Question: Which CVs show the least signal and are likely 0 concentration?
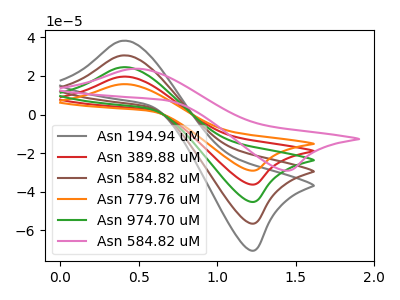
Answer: <think>The gray curve "Asn 194.94 uM" has an anodic peak at (0.40V, 78.70uA) and a cathodic peak at (1.25V, -144.80uA). The red curve "Asn 389.88 uM" has an anodic peak at (0.40V, 19.70uA) and a cathodic peak at (1.25V, -36.20uA). The brown curve "Asn 584.82 uM" has an anodic peak at (0.40V, 59.05uA) and a cathodic peak at (1.25V, -108.60uA). The orange curve "Asn 779.76 uM" has an anodic peak at (0.40V, 15.75uA) and a cathodic peak at (1.25V, -29.00uA). The green curve "Asn 974.70 uM" has an anodic peak at (0.40V, 39.35uA) and a cathodic peak at (1.25V, -72.40uA). The pink curve "Asn 584.82 uM" has an anodic peak at (0.45V, 23.75uA) and a cathodic peak at (1.45V, -29.00uA).</think>
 <answer>There are not any CV's on this graph that are likely to be blanks.</answer>
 <eval>none</eval>